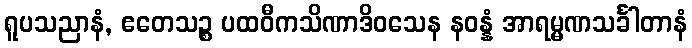
ရူပသညာနံ, ဧတေသဉ္စ ပထဝီကသိဏာဒိဝသေန နဝန္နံ အာရမ္မဏသင်္ခါတာနံ